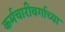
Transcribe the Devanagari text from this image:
कर्मचारीवर्गाच्या